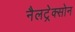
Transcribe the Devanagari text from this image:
नैलट्रेक्सोन